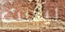
ليست